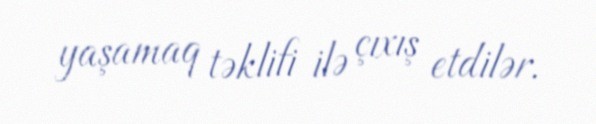
yaşamaq təklifi ilə çıxış etdilər.